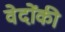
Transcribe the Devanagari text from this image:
वेदोंकी